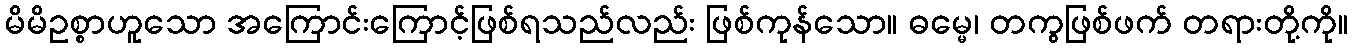
မိမိဥစ္စာဟူသော အကြောင်းကြောင့်ဖြစ်ရသည်လည်း ဖြစ်ကုန်သော။ ဓမ္မေ၊ တကွဖြစ်ဖက် တရားတို့ကို။